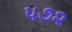
૫૭૨